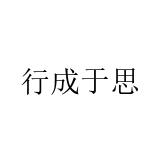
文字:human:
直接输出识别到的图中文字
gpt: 行成于思